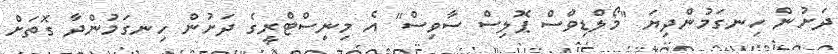
ދަށުން ހިނގަމުންދިޔަ "މޯލްޑިވްސް ޕޮލިސް ސާވިސް" އެ މިނިސްޓްރީގެ ދަށުން ހިނގަމުންދާ ގޮތަށް